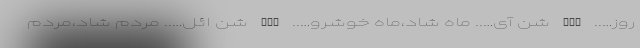
روز….. SHR شن آی….. ماه شاد،ماه خوشرو….. NAY شن ائل….. مردم شاد،مردم